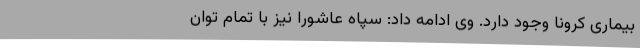
بیماری کرونا وجود دارد. وی ادامه داد: سپاه عاشورا نیز با تمام توان